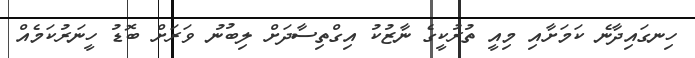
ހިނގައިދާނެ ކަމަށާއި މިއީ ތުރުކީގެ ނާޒުކު އިގްތިސާދަށް ލިބުނު ވަރަށް ބޮޑު ހީނަރުކަމެއް